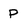
Character: P